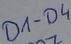
Text: D1-D4